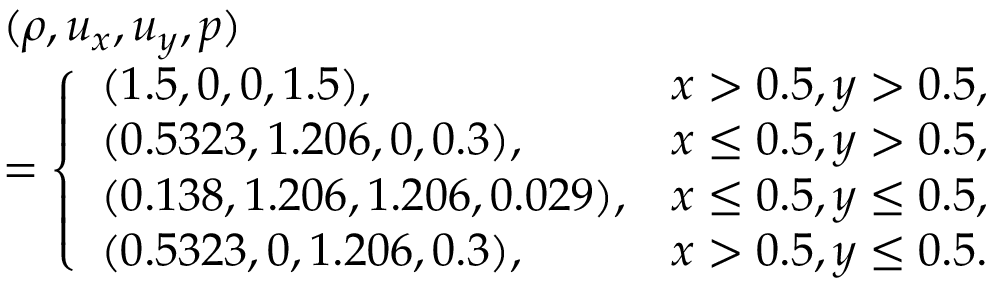
\begin{array} { r l } & { ( \rho , u _ { x } , u _ { y } , p ) } \\ & { = \left\{ \begin{array} { l l } { ( 1 . 5 , 0 , 0 , 1 . 5 ) , } & { x > 0 . 5 , y > 0 . 5 , } \\ { ( 0 . 5 3 2 3 , 1 . 2 0 6 , 0 , 0 . 3 ) , } & { x \leq 0 . 5 , y > 0 . 5 , } \\ { ( 0 . 1 3 8 , 1 . 2 0 6 , 1 . 2 0 6 , 0 . 0 2 9 ) , } & { x \leq 0 . 5 , y \leq 0 . 5 , } \\ { ( 0 . 5 3 2 3 , 0 , 1 . 2 0 6 , 0 . 3 ) , } & { x > 0 . 5 , y \leq 0 . 5 . } \end{array} \right. } \end{array}